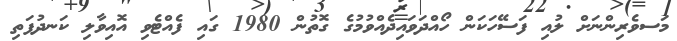
މަސވެރިންނަށް ލުއި ފަސޭހަކަން ހޯއްދަވައިދެއްވުމުގެ ގޮތުން 1980 ގައި ފެއްޓެވި އޮއިވާލި ކަނދުފަތި